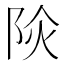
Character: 𨹈